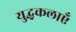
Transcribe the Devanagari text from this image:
युद्धकलाएँ